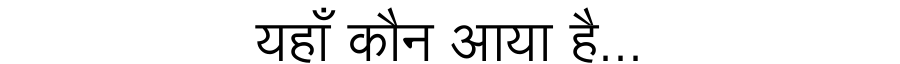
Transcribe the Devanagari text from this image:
यहाँ कौन आया है...